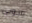
سونى